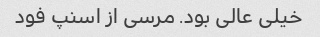
خیلی عالی بود. مرسی از اسنپ فود